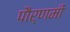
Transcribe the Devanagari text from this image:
पौर्णमी